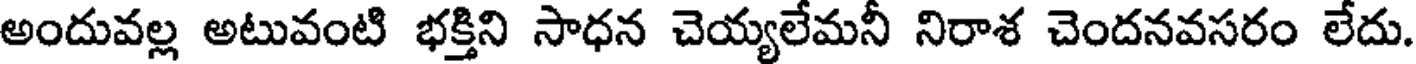
అందువల్ల అటువంటి భక్తిని సాధన చెయ్యలేమనీ నిరాశ చెందనవసరం లేదు.